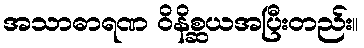
အသာဓာရဏ ဝိနိစ္ဆယအပြီးတည်း။